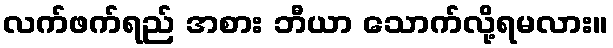
လက်ဖက်ရည် အစား ဘီယာ သောက်လို့ရမလား။